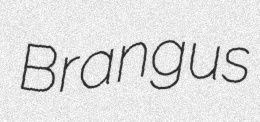
Brangus